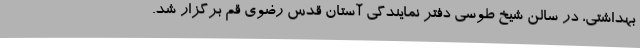
بهداشتی، در سالن شیخ طوسی دفتر نمایندگی آستان قدس رضوی قم برگزار شد.